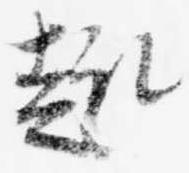
趣